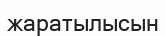
жаратылысын